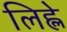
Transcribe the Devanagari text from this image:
लिह्ले